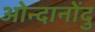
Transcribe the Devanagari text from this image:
ओन्दानोंदु